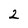
Character: 2